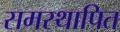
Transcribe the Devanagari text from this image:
समस्थापित